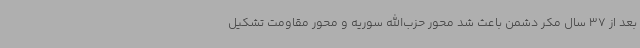
بعد از 37 سال مکر دشمن باعث شد محور حزب‌الله سوریه و محور مقاومت تشکیل